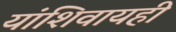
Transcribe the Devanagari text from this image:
यांशिवायही